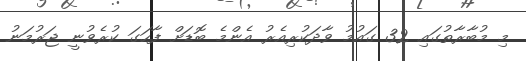
މި މުބާރާތުގައި 32 ގައުމު ވާދަކުރިއެރު އެންމެ ބޮޑަށް ފާހަގަ ކުރެވުނީ ޖަރުމަނު